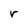
Character: r